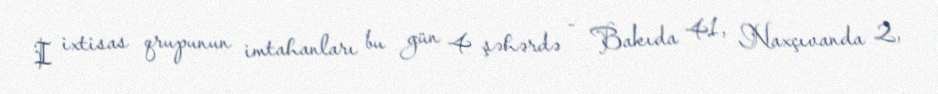
I ixtisas qrupunun imtahanları bu gün 4 şəhərdə - Bakıda 41, Naxçıvanda 2,